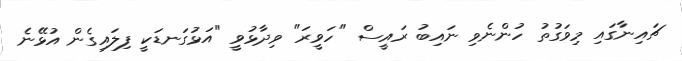
ޗައިނާގައި މިވަގުތު ހުންނެވި ނައިބު ރައީސް "ހަވީރަ" ވިދާޅުވީ "އަޅުގަނޑަކީ ފިލައިގެން އުޅޭނެ